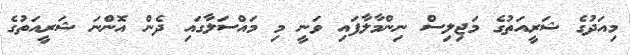
މިއަދުގެ ޝަރީއަތުގެ މަޖިލިސް ނިންމާލާފައި ވަނީ މި މައްސަލާގައި ދެން އޮންނަ ޝަރީއަތުގެ